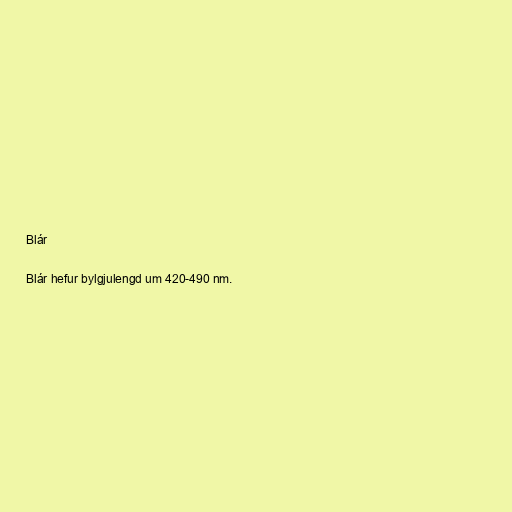
Blár

Blár hefur bylgjulengd um 420-490 nm.